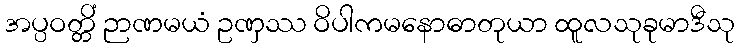
အပ္ပဝတ္တိံ ဉာဏမယံ ဥဏှဿ ဝိပါကမနောဓာတုယာ ထူလသုခုမာဒီသု